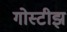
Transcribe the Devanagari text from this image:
गोस्टीझ